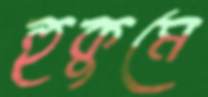
হুকুমে